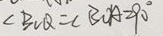
\angle B C Q = \angle B O A = 9 0 ^ { \circ }